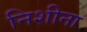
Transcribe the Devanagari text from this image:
निशीना